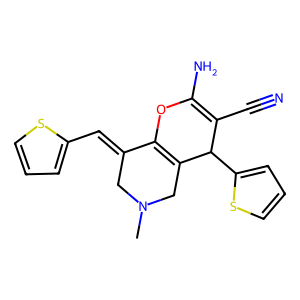
SMILES: CN1CC(=Cc2cccs2)C2=C(C1)C(c1cccs1)C(C#N)=C(N)O2
Inhibits HIV replication: No